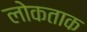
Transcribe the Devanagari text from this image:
लोकताक